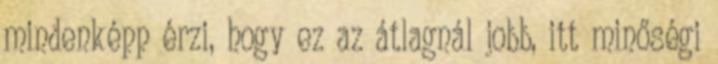
mindenképp érzi, hogy ez az átlagnál jobb, itt minőségi